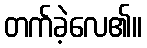
တက်ခဲ့လေ၏။